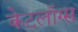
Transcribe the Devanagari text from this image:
केटलॉग्स